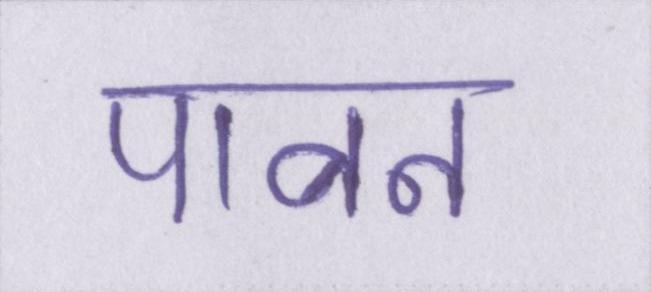
पावन